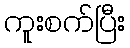
ကူးစက်ပြီး